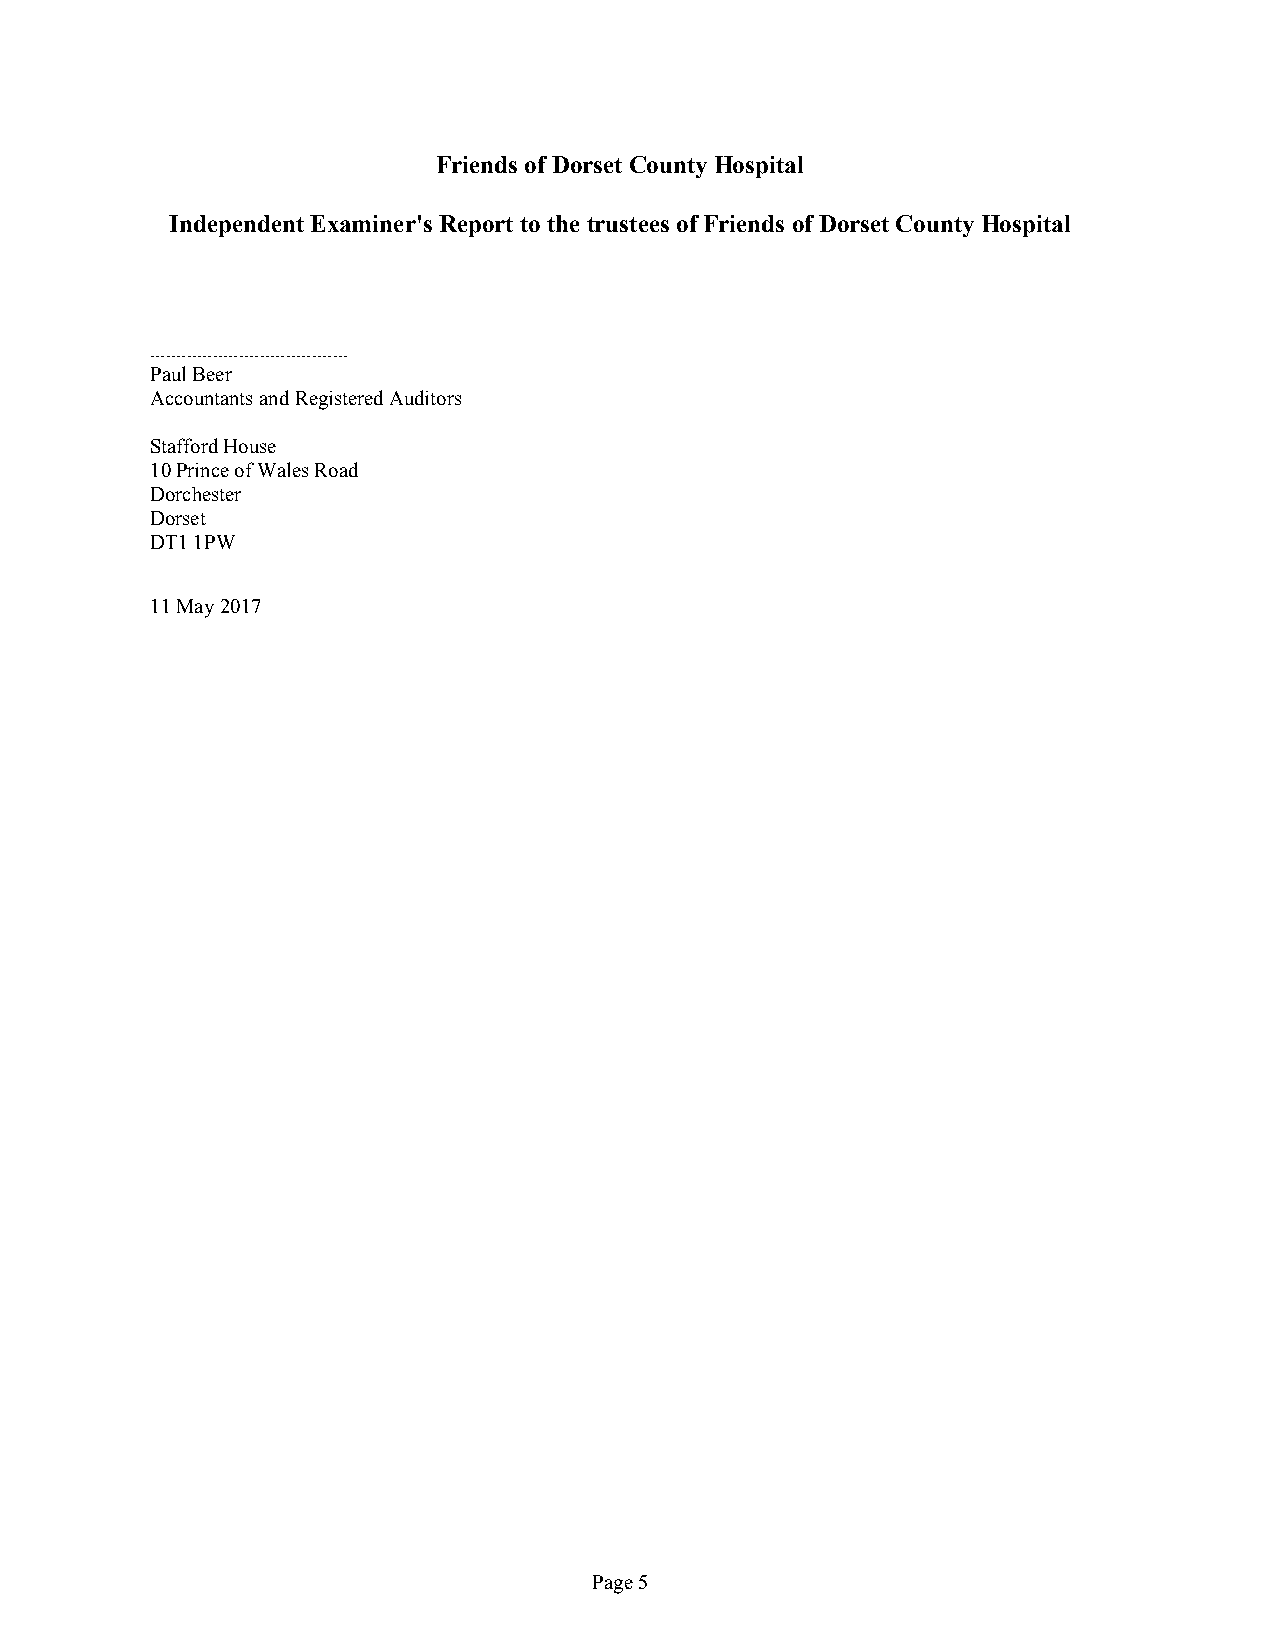
Friends ofDorset County Hospital
 IndependentExaminer's Report tothetrustees ofFriends ofDorset County Hospital
 ......................................
 PaulBeer
 AccountantsandRegisteredAuditors
 StaffordHouse
 10PrinceofWalesRoad
 Dorchester
 Dorset
 DT11PW
 11May2017
 Page5